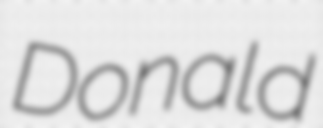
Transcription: Donald